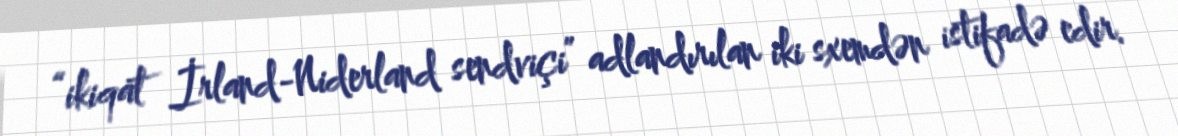
“ikiqat İrland-Niderland sendviçi” adlandırılan iki sxemdən istifadə edir.